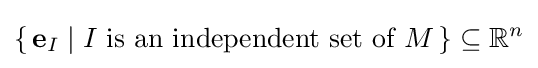
\{\,\mathbf {e} _{I}\mid I{\text{ is an independent set of }}M\,\}\subseteq \mathbb {R} ^{n}